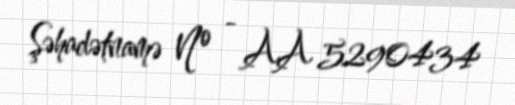
Şəhadətnamə № - AA 5290434